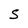
Character: S